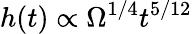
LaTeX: h(t)\propto\Omega^{1/4}t^{5/12}